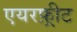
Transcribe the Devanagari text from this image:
एयरफ़्रीट